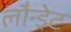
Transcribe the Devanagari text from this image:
लौन्ड्रेट